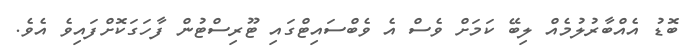
ބޮޑު އެއްބާރުލުމެއް ލިބޭ ކަމަށް ވެސް އެ ވެބްސައިޓްގައި ޓޫރިސްޓުން ފާހަގަކޮށްފައިވެ އެވެ.